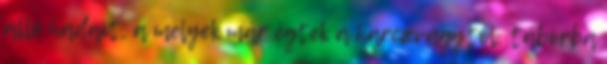
álló hadait, a melyek már égtek a harczvágytól, táborba